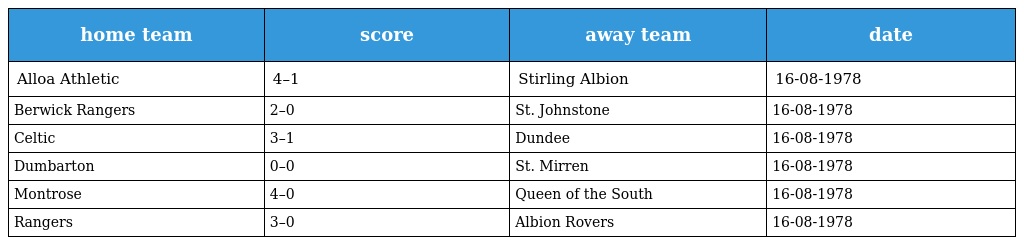
| home team | score | away team | date |
 | --- | --- | --- | --- |
 | Alloa Athletic | 4–1 | Stirling Albion | 16-08-1978 |
 | Berwick Rangers | 2–0 | St. Johnstone | 16-08-1978 |
 | Celtic | 3–1 | Dundee | 16-08-1978 |
 | Dumbarton | 0–0 | St. Mirren | 16-08-1978 |
 | Montrose | 4–0 | Queen of the South | 16-08-1978 |
 | Rangers | 3–0 | Albion Rovers | 16-08-1978 |